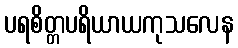
ပရစိတ္တပရိယာယကုသလေန